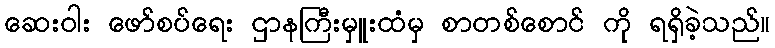
ဆေးဝါး ဖော်စပ်ရေး ဌာနကြီးမှူးထံမှ စာတစ်စောင် ကို ရရှိခဲ့သည်။